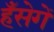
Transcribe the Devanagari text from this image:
हँसेगें